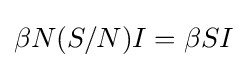
\beta N(S/N)I=\beta SI